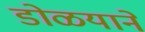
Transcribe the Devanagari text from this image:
डोळयाने